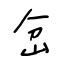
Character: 岔